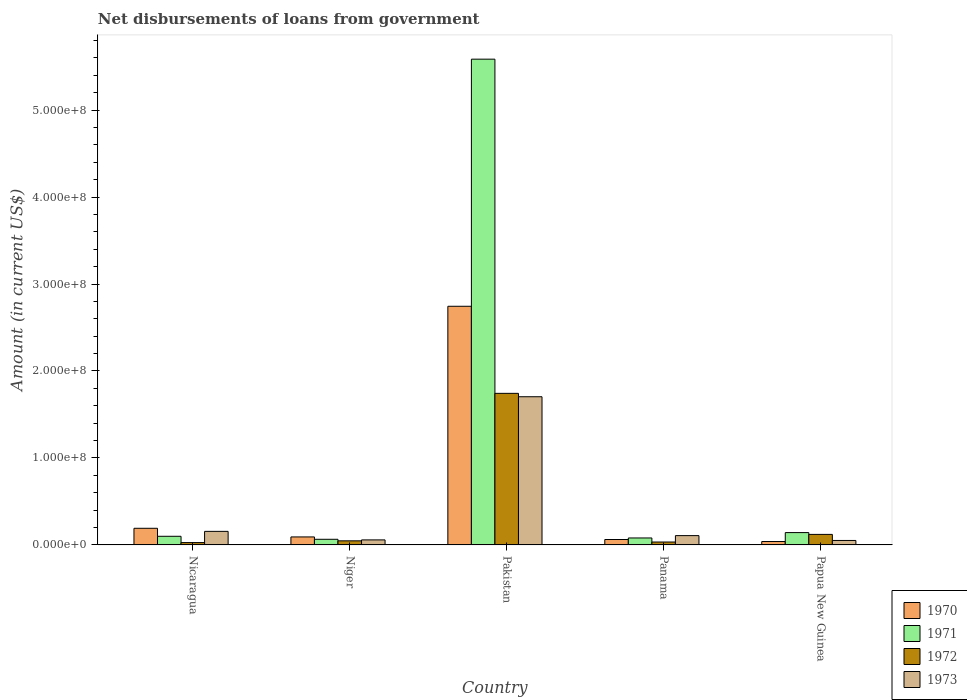
| Country | 1970 | 1971 | 1972 | 1973 |
 | --- | --- | --- | --- | --- |
 | Nicaragua | 1.91e+07 | 9.93e+06 | 2.7e+06 | 1.56e+07 |
 | Niger | 9.21e+06 | 6.5e+06 | 4.7e+06 | 5.79e+06 |
 | Pakistan | 2.74e+08 | 5.59e+08 | 1.74e+08 | 1.7e+08 |
 | Panama | 6.24e+06 | 8.01e+06 | 3.34e+06 | 1.07e+07 |
 | Papua New Guinea | 3.92e+06 | 1.42e+07 | 1.21e+07 | 5.14e+06 |